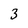
Character: 3